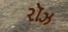
રૉઝ